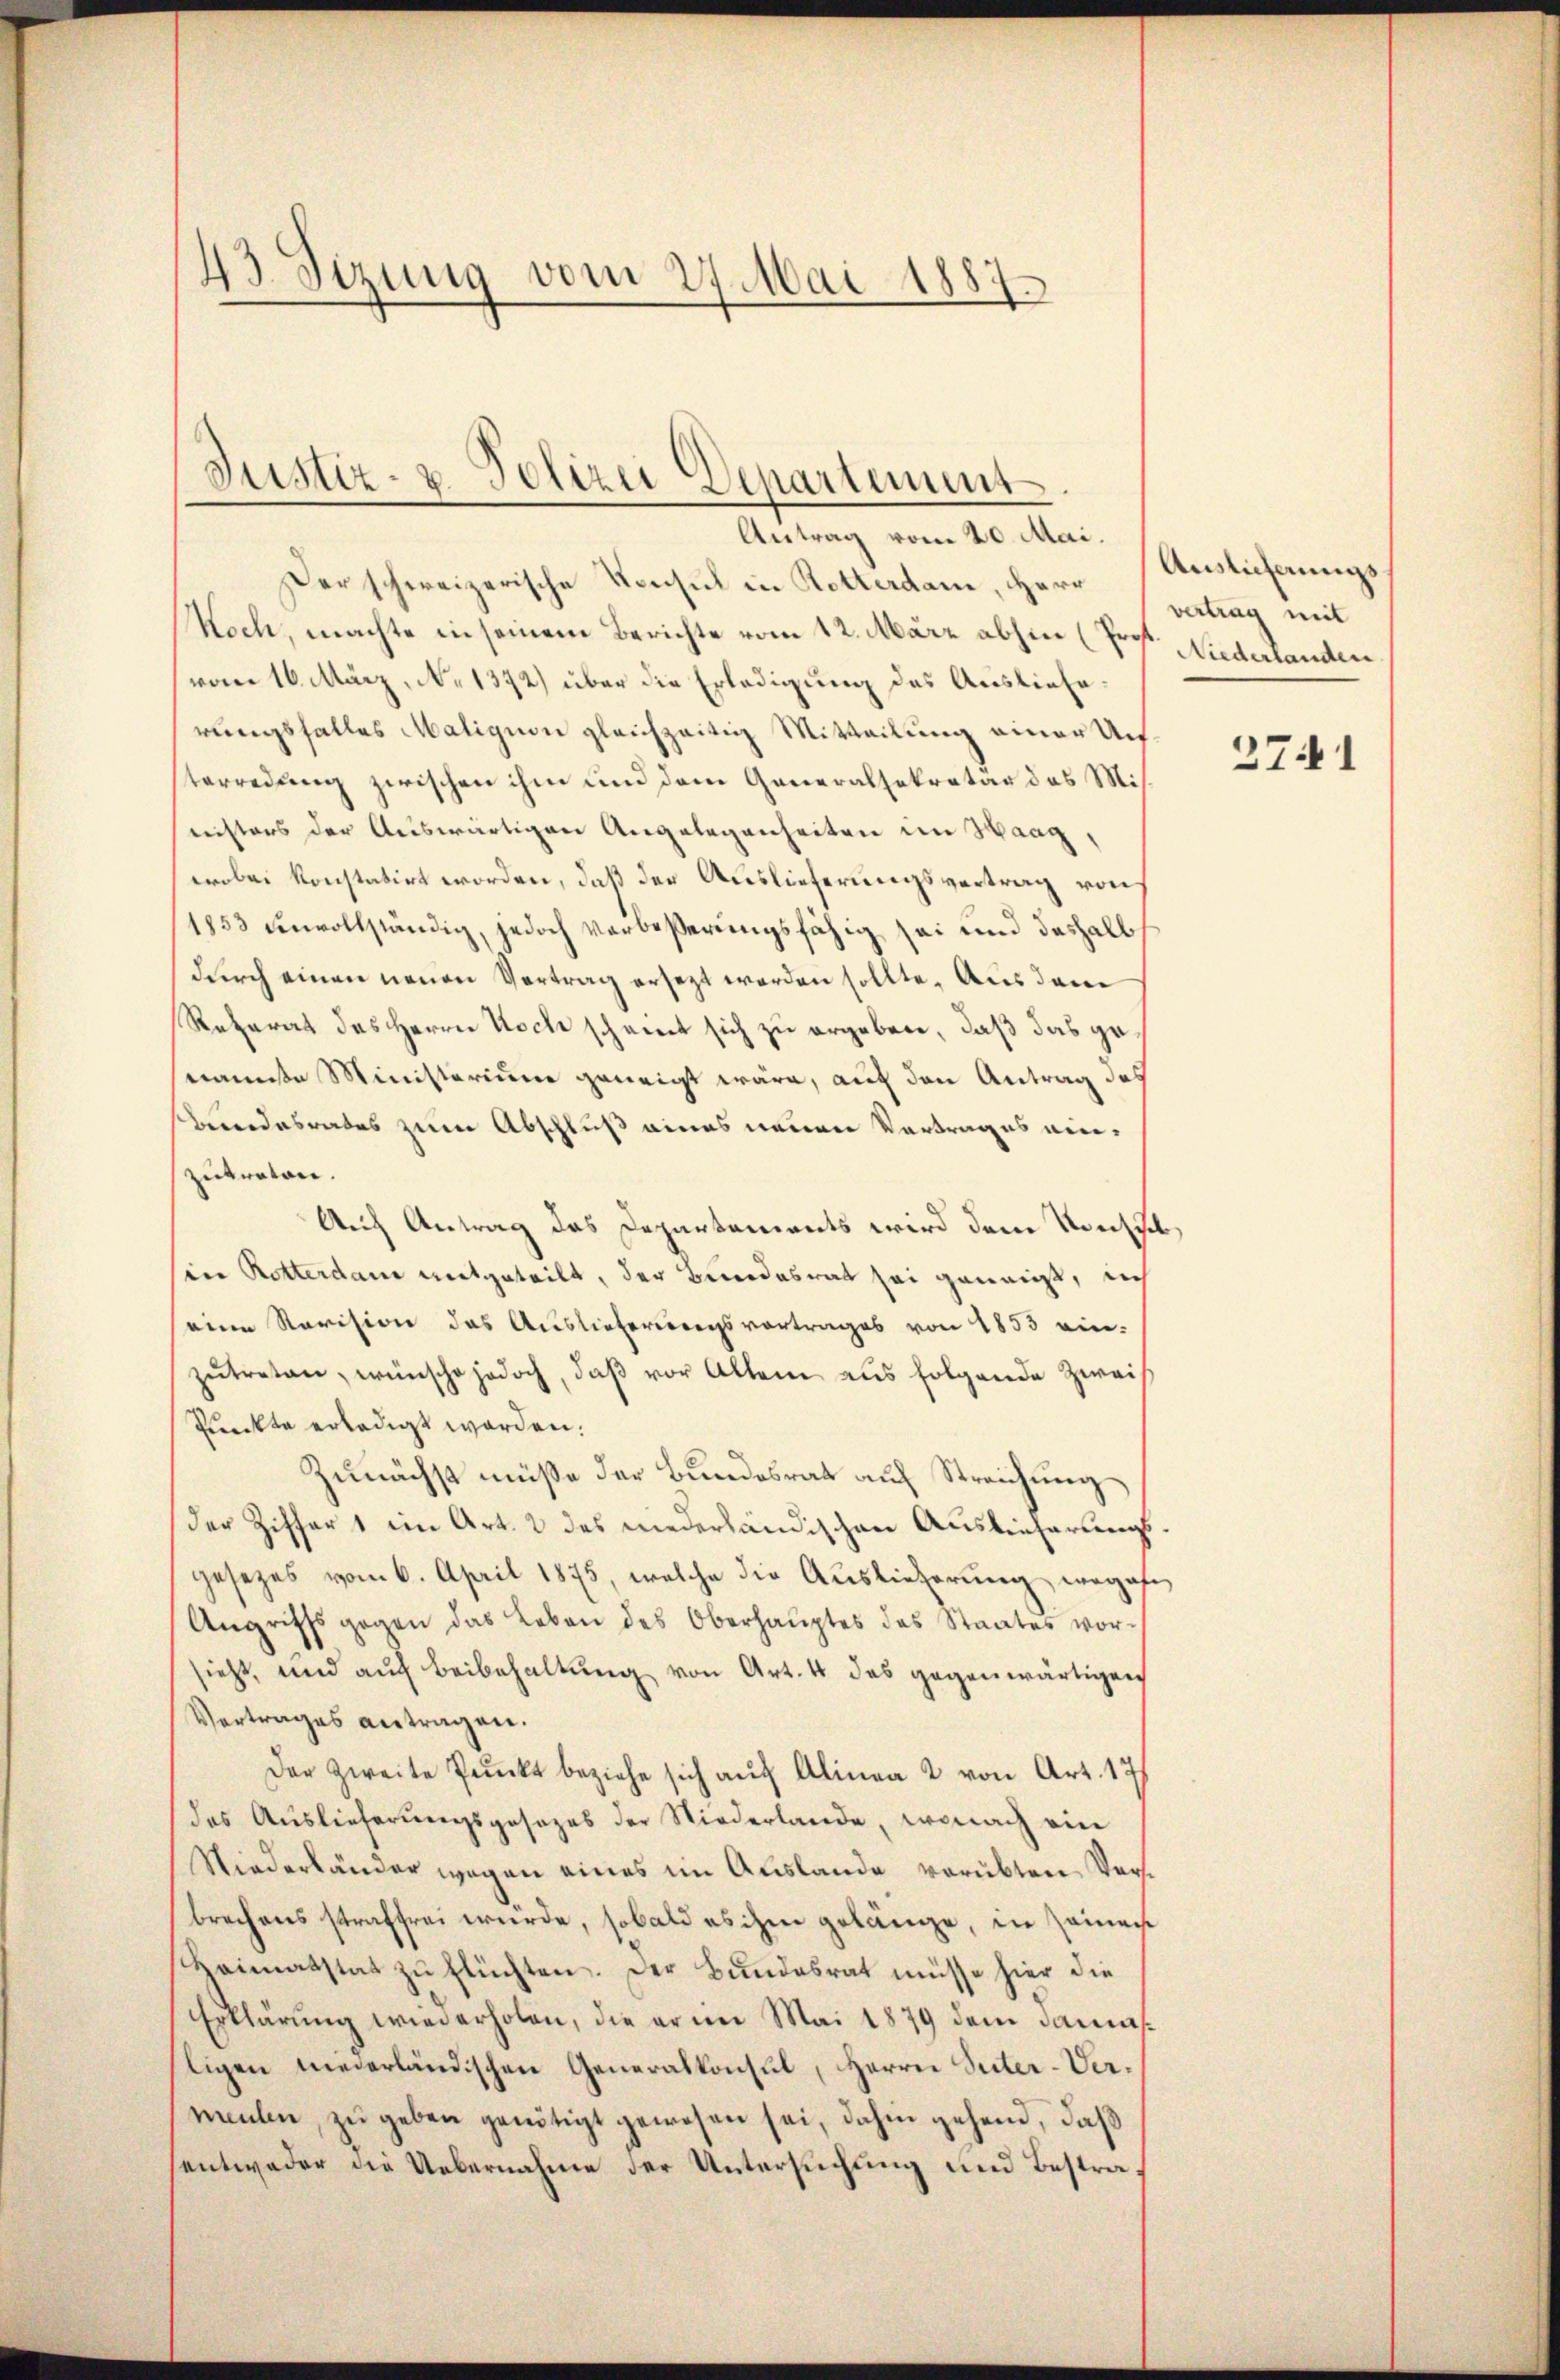
43 Sizung vom 27. Mai 1887.

Justiz- u. Polizei Departement
Antrag vom 20. Mai.

Der schweizerische Konsul in Rotterdam, Herr vertrag mit
Koch, machte in seinem Berichte vom 12. März abhin (Prof. Niederlanden
vom 16. März, No 1372) über die Erledigung des Auslieferungsfalles Maligion gleichzeitig Mitteilung einer Unterredung zwischen ihm und dem Generalsekretär das Mis
nisters der Auswärtigen Angelegenheiten im Haag,
wobei konstatirt worden, daß der Auslieferungsvertrag von
1853 einvollständig, jedoch verbeßerungsfähig sei und deshalb
durch einen neuen Vertrag ersezt worden sollte. Aus dem
Reterat des Herrn Noch scheint sich zu ergeben, daß das genamste Ministerium geneigt wäre, auf den Antrag des
Bundesrates zum Abschluß eines neuen Vortrages einzutreten.
Auch Antrag das Departements wird dem Konssch
in Rotterdan mitgeteilt, der Bundesrat sei genant, nich
seine Revision das Auslieferungsvortrages von 1853 einzŭtreten, wünsche jedoch, daß vor Allem aus folgende Zweif
Punckte erledigt worden.
Zunächst müße der Bundesrat auf Streichung
der Ziffer 1 im Art. 2 des niederländischen Auslieferungsgesetzes vom 6. April 1875, welche die Auslieferung wegese
Angriffs gegen das Leben des Oberhauptes des Staates vorsieht, und auch Beibehaltung von Art. 4 des gegenwärtigen
Vertrages antragen.
Der zweite Punkt beziehe sich auf Alinea 2 von Art. 17
das Auslieferungsgesezes der Niederlande, wonach ein
Niederländer wegen eines im Auslande verübten Versbrechens straffrei würde, sobald es ihm gelänge, in seinau
Heimatstat zŭ flüchten. Der Bundesrat müsse hier die
Erklärung wiederholen, die er im Mai 1879 dem Damastigen niederländischen Generalkonsul, Herrn Suter-Verneulen, zu geben genötigt gewesen sei, dahin gehend, daß
entweder die Uebernahme der Untersuchung und Bestra¬

Auslieferungs¬

2741